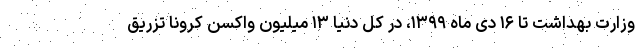
وزارت بهداشت تا ۱۶ دی ماه ۱۳۹۹، در کل دنیا ۱۳ میلیون واکسن کرونا تزریق